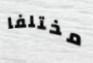
مختلفا